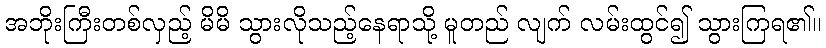
အဘိုးကြီးတစ်လှည့် မိမိ သွားလိုသည့်နေရာသို့ မူတည် လျက် လမ်းထွင်၍ သွားကြရ၏။